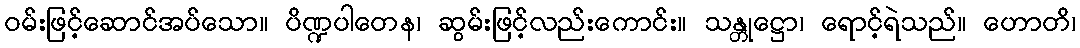
ဝမ်းဖြင့်ဆောင်အပ်သော။ ပိဏ္ဍပါတေန၊ ဆွမ်းဖြင့်လည်းကောင်း။ သန္တုဋ္ဌော၊ ရောင့်ရဲသည်။ ဟောတိ၊